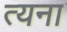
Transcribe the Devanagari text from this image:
त्यना